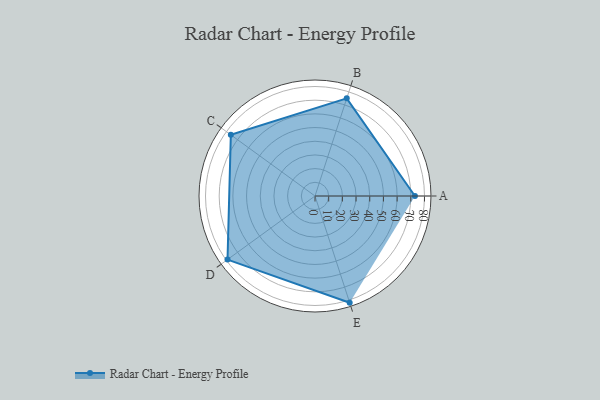
{"axis": {"x": "Skill", "y": "Score"}, "legend": ["Profile"], "data": [{"x": "A", "y": 73.0, "type": "Profile"}, {"x": "B", "y": 75.0, "type": "Profile"}, {"x": "C", "y": 76.0, "type": "Profile"}, {"x": "D", "y": 79.0, "type": "Profile"}, {"x": "E", "y": 82.0, "type": "Profile"}]}